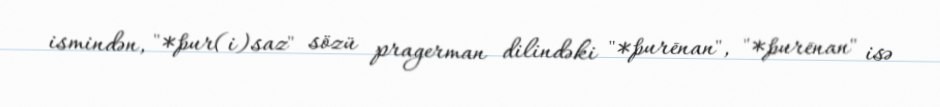
ismindən, "*þur(i)saz" sözü pragerman dilindəki "*þurēnan", "*þurēnan" isə